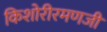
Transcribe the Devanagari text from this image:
किशोरीरमणजी